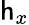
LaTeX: \mathsf{h}_{x}